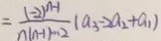
= \frac { ( - 2 ) ^ { n - 1 } } { n ( n - 1 ) \cdots 2 } ( a _ { 3 } - 2 a _ { 2 } + a _ { 1 } )